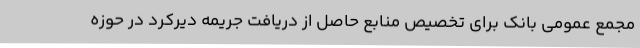
مجمع عمومی بانک برای تخصیص منابع حاصل از دریافت جریمه دیرکرد در حوزه